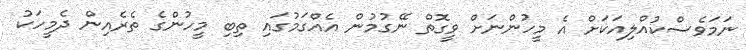
ނަމަވެސްކުއްލިއަކަށް އެ މީހުންނަށް ވީގޮތް ނޭގުމުން އެއްގަމުގައި ތިބި މީހުންގެ ތެރެއިން ދެމީހަކު